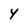
Character: Y